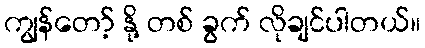
ကျွန်တော့် နို့ တစ် ခွက် လိုချင်ပါတယ်။